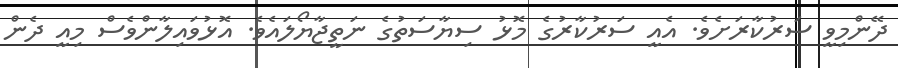
ދޭންމިވީ ސަރުކާރަށެވެ. އެއީ ސަރުކާރުގެ މޮޅު ސިޔާސަތުގެ ނަތީޖާޔޯލައެވެ. އޮޅުވައިލާންވެސް މިއީ ދެން